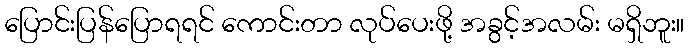
ပြောင်းပြန်ပြောရရင် ကောင်းတာ လုပ်ပေးဖို့ အခွင့်အလမ်း မရှိဘူး။